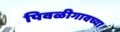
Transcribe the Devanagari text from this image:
पिवळीगावच्या